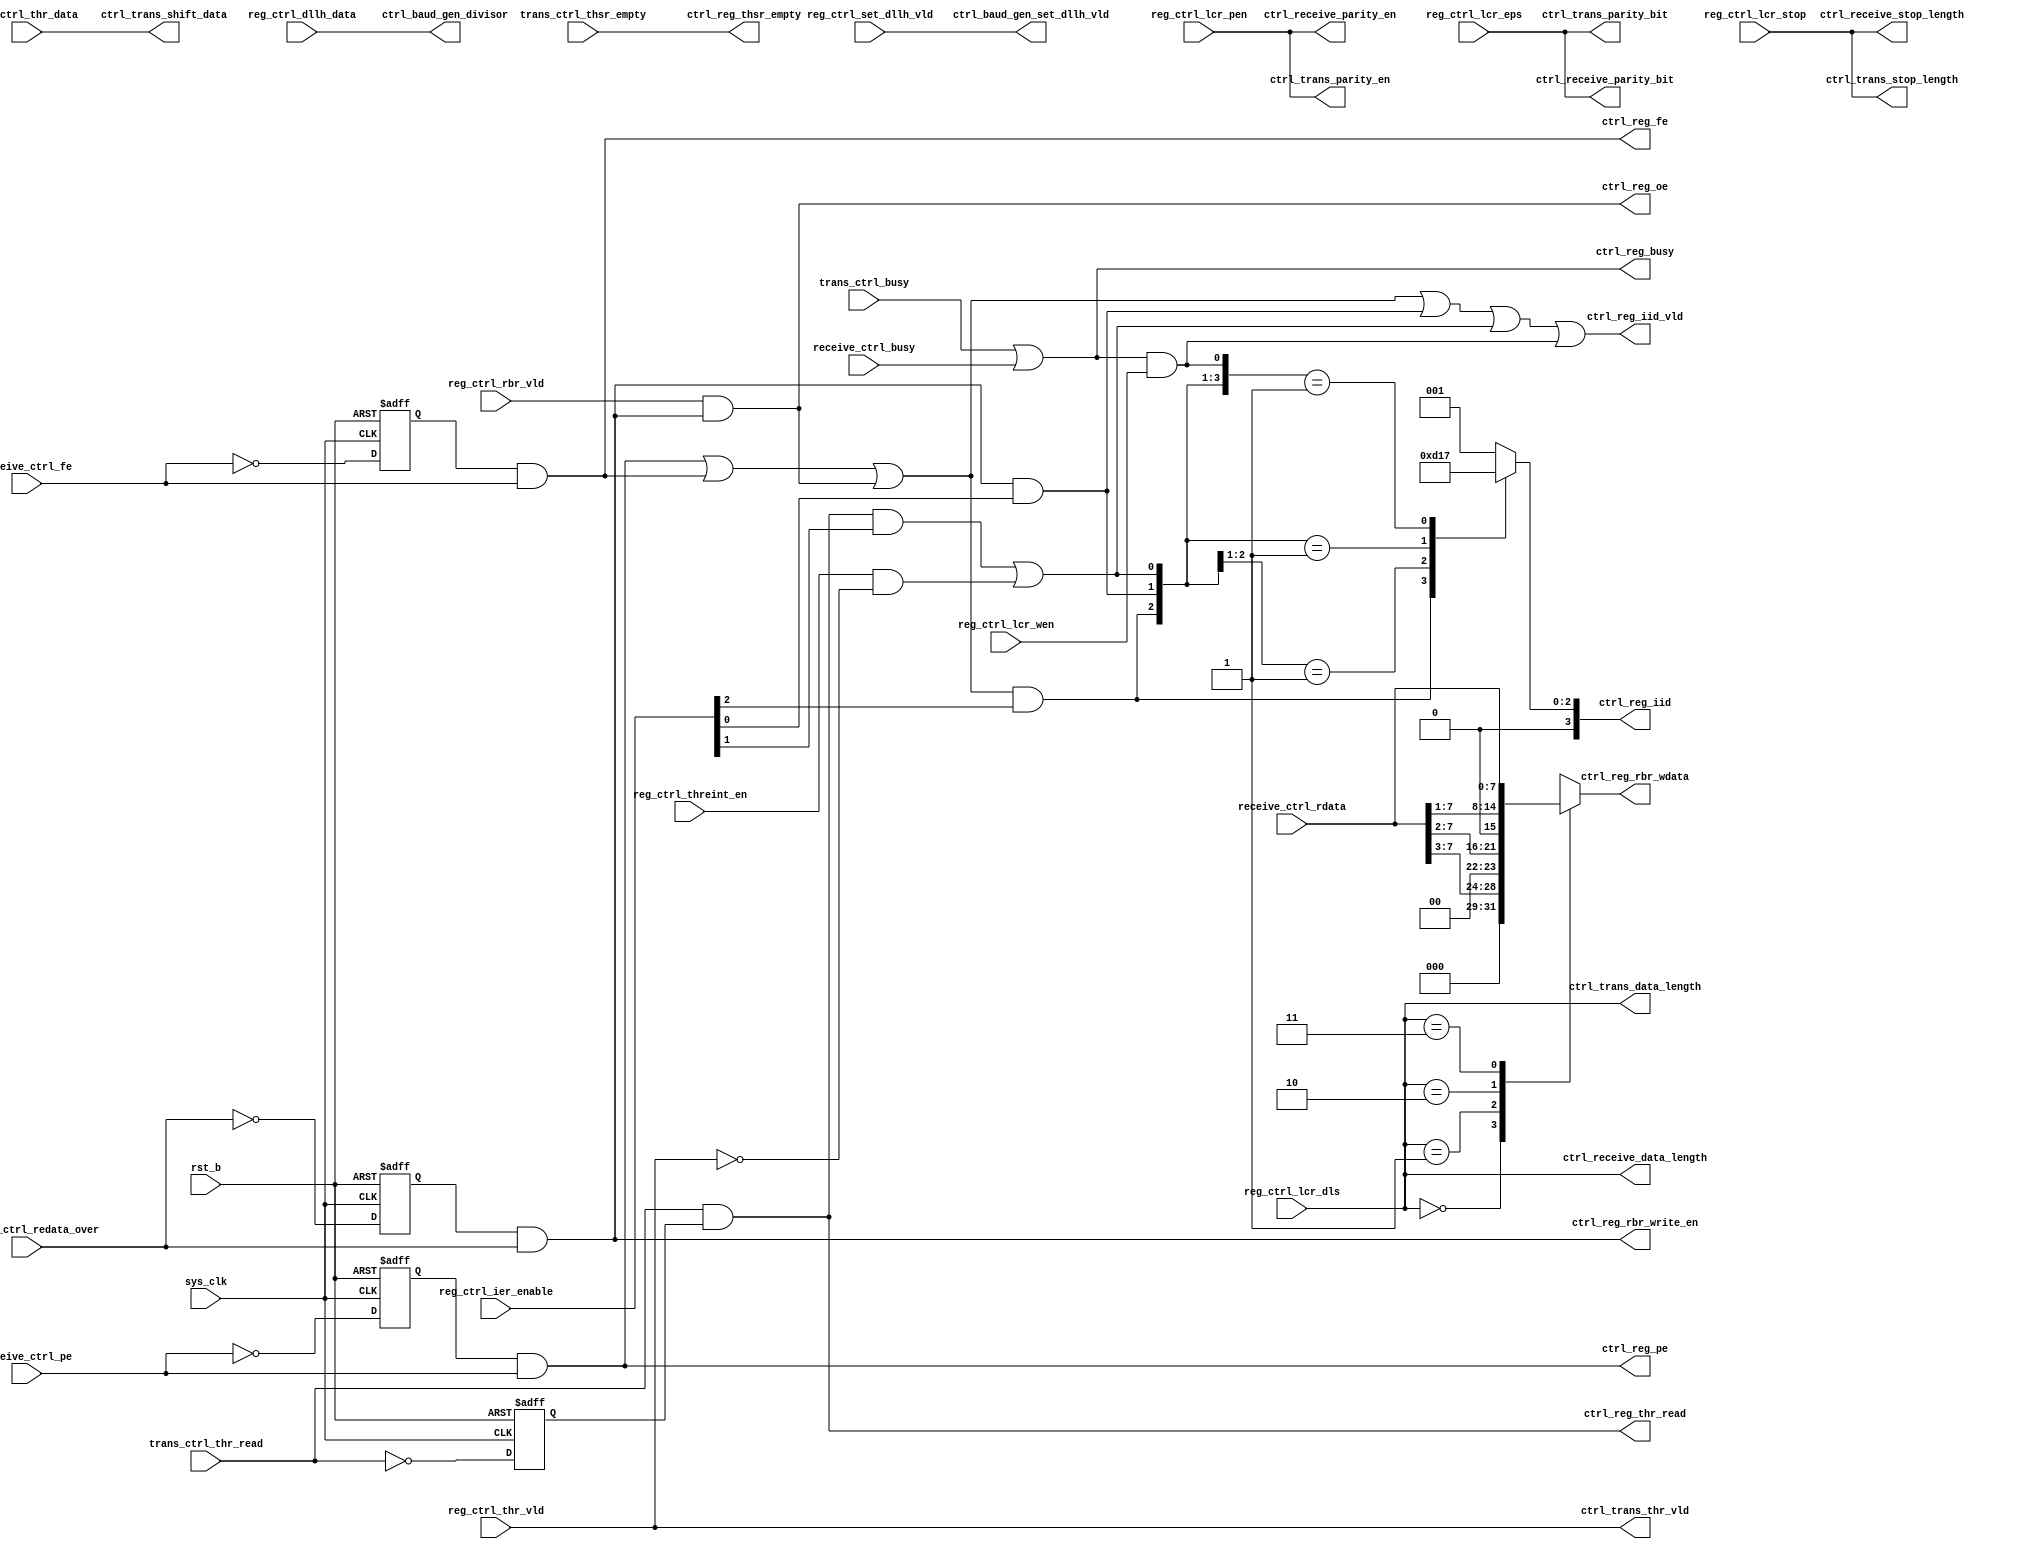
// This program was cloned from: https://github.com/T-head-Semi/opene906
// License: Apache License 2.0

/*Copyright 2020-2021 T-Head Semiconductor Co., Ltd.

Licensed under the Apache License, Version 2.0 (the "License");
you may not use this file except in compliance with the License.
You may obtain a copy of the License at

    http://www.apache.org/licenses/LICENSE-2.0

Unless required by applicable law or agreed to in writing, software
distributed under the License is distributed on an "AS IS" BASIS,
WITHOUT WARRANTIES OR CONDITIONS OF ANY KIND, either express or implied.
See the License for the specific language governing permissions and
limitations under the License.
*/


// &ModuleBeg; @22
module uart_ctrl(
  ctrl_baud_gen_divisor,
  ctrl_baud_gen_set_dllh_vld,
  ctrl_receive_data_length,
  ctrl_receive_parity_bit,
  ctrl_receive_parity_en,
  ctrl_receive_stop_length,
  ctrl_reg_busy,
  ctrl_reg_fe,
  ctrl_reg_iid,
  ctrl_reg_iid_vld,
  ctrl_reg_oe,
  ctrl_reg_pe,
  ctrl_reg_rbr_wdata,
  ctrl_reg_rbr_write_en,
  ctrl_reg_thr_read,
  ctrl_reg_thsr_empty,
  ctrl_trans_data_length,
  ctrl_trans_parity_bit,
  ctrl_trans_parity_en,
  ctrl_trans_shift_data,
  ctrl_trans_stop_length,
  ctrl_trans_thr_vld,
  receive_ctrl_busy,
  receive_ctrl_fe,
  receive_ctrl_pe,
  receive_ctrl_rdata,
  receive_ctrl_redata_over,
  reg_ctrl_dllh_data,
  reg_ctrl_ier_enable,
  reg_ctrl_lcr_dls,
  reg_ctrl_lcr_eps,
  reg_ctrl_lcr_pen,
  reg_ctrl_lcr_stop,
  reg_ctrl_lcr_wen,
  reg_ctrl_rbr_vld,
  reg_ctrl_set_dllh_vld,
  reg_ctrl_thr_data,
  reg_ctrl_thr_vld,
  reg_ctrl_threint_en,
  rst_b,
  sys_clk,
  trans_ctrl_busy,
  trans_ctrl_thr_read,
  trans_ctrl_thsr_empty
);

// &Ports; @23
input           receive_ctrl_busy;         
input           receive_ctrl_fe;           
input           receive_ctrl_pe;           
input   [7 :0]  receive_ctrl_rdata;        
input           receive_ctrl_redata_over;  
input   [15:0]  reg_ctrl_dllh_data;        
input   [2 :0]  reg_ctrl_ier_enable;       
input   [1 :0]  reg_ctrl_lcr_dls;          
input           reg_ctrl_lcr_eps;          
input           reg_ctrl_lcr_pen;          
input           reg_ctrl_lcr_stop;         
input           reg_ctrl_lcr_wen;          
input           reg_ctrl_rbr_vld;          
input           reg_ctrl_set_dllh_vld;     
input   [7 :0]  reg_ctrl_thr_data;         
input           reg_ctrl_thr_vld;          
input           reg_ctrl_threint_en;       
input           rst_b;                     
input           sys_clk;                   
input           trans_ctrl_busy;           
input           trans_ctrl_thr_read;       
input           trans_ctrl_thsr_empty;     
output  [15:0]  ctrl_baud_gen_divisor;     
output          ctrl_baud_gen_set_dllh_vld; 
output  [1 :0]  ctrl_receive_data_length;  
output          ctrl_receive_parity_bit;   
output          ctrl_receive_parity_en;    
output          ctrl_receive_stop_length;  
output          ctrl_reg_busy;             
output          ctrl_reg_fe;               
output  [3 :0]  ctrl_reg_iid;              
output          ctrl_reg_iid_vld;          
output          ctrl_reg_oe;               
output          ctrl_reg_pe;               
output  [7 :0]  ctrl_reg_rbr_wdata;        
output          ctrl_reg_rbr_write_en;     
output          ctrl_reg_thr_read;         
output          ctrl_reg_thsr_empty;       
output  [1 :0]  ctrl_trans_data_length;    
output          ctrl_trans_parity_bit;     
output          ctrl_trans_parity_en;      
output  [7 :0]  ctrl_trans_shift_data;     
output          ctrl_trans_stop_length;    
output          ctrl_trans_thr_vld;        

// &Regs; @24
reg             ctrl_rbr_write_en_sample;  
reg     [3 :0]  ctrl_reg_iid;              
reg     [7 :0]  ctrl_reg_rbr_wdata;        
reg             receive_ctrl_fe_sample;    
reg             receive_ctrl_pe_sample;    
reg             thr_read_sample;           

// &Wires; @25
wire    [15:0]  ctrl_baud_gen_divisor;     
wire            ctrl_baud_gen_set_dllh_vld; 
wire    [1 :0]  ctrl_receive_data_length;  
wire            ctrl_receive_parity_bit;   
wire            ctrl_receive_parity_en;    
wire            ctrl_receive_stop_length;  
wire            ctrl_reg_busy;             
wire            ctrl_reg_fe;               
wire            ctrl_reg_iid_vld;          
wire            ctrl_reg_oe;               
wire            ctrl_reg_pe;               
wire            ctrl_reg_rbr_write_en;     
wire            ctrl_reg_thr_read;         
wire            ctrl_reg_thsr_empty;       
wire    [1 :0]  ctrl_trans_data_length;    
wire            ctrl_trans_parity_bit;     
wire            ctrl_trans_parity_en;      
wire    [7 :0]  ctrl_trans_shift_data;     
wire            ctrl_trans_stop_length;    
wire            ctrl_trans_thr_vld;        
wire            high_pri;                  
wire            int_vld;                   
wire            line_status_int;           
wire            receive_ctrl_busy;         
wire            receive_ctrl_fe;           
wire            receive_ctrl_pe;           
wire    [7 :0]  receive_ctrl_rdata;        
wire            receive_ctrl_redata_over;  
wire            receive_data_int;          
wire    [15:0]  reg_ctrl_dllh_data;        
wire    [2 :0]  reg_ctrl_ier_enable;       
wire    [1 :0]  reg_ctrl_lcr_dls;          
wire            reg_ctrl_lcr_eps;          
wire            reg_ctrl_lcr_pen;          
wire            reg_ctrl_lcr_stop;         
wire            reg_ctrl_lcr_wen;          
wire            reg_ctrl_rbr_vld;          
wire            reg_ctrl_set_dllh_vld;     
wire    [7 :0]  reg_ctrl_thr_data;         
wire            reg_ctrl_thr_vld;          
wire            reg_ctrl_threint_en;       
wire            rst_b;                     
wire            sys_clk;                   
wire            thre_int_init;             
wire            trans_ctrl_busy;           
wire            trans_ctrl_thr_read;       
wire            trans_ctrl_thsr_empty;     
wire            trans_hold_empty_int;      
wire            uart_busy_int;             


//==============================================================
//             generate the transmit enable signal
//==============================================================
assign ctrl_trans_thr_vld          = reg_ctrl_thr_vld;
assign ctrl_trans_shift_data[7:0]  = reg_ctrl_thr_data[7:0];
assign ctrl_trans_data_length[1:0] = reg_ctrl_lcr_dls[1:0];
assign ctrl_trans_stop_length = reg_ctrl_lcr_stop;
assign ctrl_trans_parity_en   = reg_ctrl_lcr_pen;
assign ctrl_trans_parity_bit  = reg_ctrl_lcr_eps;
//==============================================================
//             generate the receive control signal
//==============================================================
assign ctrl_receive_data_length[1:0]  = reg_ctrl_lcr_dls[1:0];
assign ctrl_receive_stop_length       = reg_ctrl_lcr_stop;
assign ctrl_receive_parity_en         = reg_ctrl_lcr_pen;
assign ctrl_receive_parity_bit        = reg_ctrl_lcr_eps;

//==============================================================
//             generate the uart_reg control signal
//==============================================================

//sample the thr_read signal
always @(posedge sys_clk or negedge rst_b )
begin
  if(!rst_b)
    thr_read_sample <= 1'b0;
  else
    thr_read_sample <= !trans_ctrl_thr_read;
end

assign ctrl_reg_thr_read   = trans_ctrl_thr_read && thr_read_sample;
assign ctrl_reg_thsr_empty = trans_ctrl_thsr_empty;

//sample the rbr write signal
always @(posedge sys_clk or negedge rst_b )
begin
  if(!rst_b)
    ctrl_rbr_write_en_sample <= 1'b0;
  else 
    ctrl_rbr_write_en_sample <= !receive_ctrl_redata_over;
end

assign ctrl_reg_rbr_write_en = ctrl_rbr_write_en_sample && receive_ctrl_redata_over;

// thr rbr write data
// &CombBeg; @72
always @( reg_ctrl_lcr_dls[1:0]
       or receive_ctrl_rdata[7:0])
begin
case(reg_ctrl_lcr_dls[1:0])
  2'b00:  ctrl_reg_rbr_wdata[7:0] = {3'b0,receive_ctrl_rdata[7:3]};
  2'b01:  ctrl_reg_rbr_wdata[7:0] = {2'b0,receive_ctrl_rdata[7:2]};
  2'b10:  ctrl_reg_rbr_wdata[7:0] = {1'b0,receive_ctrl_rdata[7:1]};
  2'b11:  ctrl_reg_rbr_wdata[7:0] = receive_ctrl_rdata[7:0];
  default:ctrl_reg_rbr_wdata[7:0] = 8'b0;
endcase
// &CombEnd; @80
end

// generate the busy signale
assign ctrl_reg_busy = trans_ctrl_busy || receive_ctrl_busy;
assign uart_busy_int = ctrl_reg_busy && reg_ctrl_lcr_wen;


//sample the fram error signal
always @(posedge sys_clk or negedge rst_b )
begin
  if(!rst_b)
    receive_ctrl_fe_sample <= 1'b0;
  else 
  receive_ctrl_fe_sample <= !receive_ctrl_fe;
end

assign ctrl_reg_fe   = receive_ctrl_fe_sample && receive_ctrl_fe;

//sample the parity error
always @(posedge sys_clk or negedge rst_b )
begin
  if(!rst_b)
    receive_ctrl_pe_sample <= 1'b0;
  else 
    receive_ctrl_pe_sample <= !receive_ctrl_pe;
end

assign ctrl_reg_pe   = receive_ctrl_pe_sample && receive_ctrl_pe;

//generate the over run signal
assign ctrl_reg_oe   = reg_ctrl_rbr_vld && ctrl_reg_rbr_write_en;

// &Force("output","ctrl_reg_thr_read"); @112
// &Force("output","ctrl_reg_busy"); @113
// &Force("output","ctrl_reg_rbr_write_en"); @114
// &Force("output","ctrl_reg_oe"); @115
// &Force("output","ctrl_reg_pe"); @116
// &Force("output","ctrl_reg_fe"); @117


// generate the interrupt valid signal
assign int_vld =    high_pri 
                 || receive_data_int
                 || trans_hold_empty_int
                 || uart_busy_int ; 

assign ctrl_reg_iid_vld = int_vld;

//generate the interrupt ID 
assign high_pri         = ctrl_reg_pe || ctrl_reg_fe || ctrl_reg_oe;

assign line_status_int        = high_pri && reg_ctrl_ier_enable[2];
assign receive_data_int       = ctrl_reg_rbr_write_en && reg_ctrl_ier_enable[0];
assign trans_hold_empty_int   = (ctrl_reg_thr_read && reg_ctrl_ier_enable[1])
                                 ||thre_int_init;
assign thre_int_init          = reg_ctrl_threint_en && !reg_ctrl_thr_vld;
// &CombBeg; @136
always @( uart_busy_int
       or trans_hold_empty_int
       or line_status_int
       or receive_data_int)
begin
casez({line_status_int,receive_data_int,trans_hold_empty_int,uart_busy_int})
  4'b1???: ctrl_reg_iid[3:0] = 4'b0110;
  4'b01??: ctrl_reg_iid[3:0] = 4'b0100;
  4'b001?: ctrl_reg_iid[3:0] = 4'b0010;
  4'b0001: ctrl_reg_iid[3:0] = 4'b0111;
  default: ctrl_reg_iid[3:0] = 4'b0001;
endcase
// &CombEnd; @144
end

//==============================================================
//             generate the baud clock control signal
//==============================================================
assign ctrl_baud_gen_divisor[15:0] = reg_ctrl_dllh_data[15:0];
assign ctrl_baud_gen_set_dllh_vld  = reg_ctrl_set_dllh_vld;
// &ModuleEnd; @151
endmodule